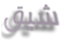
شيق